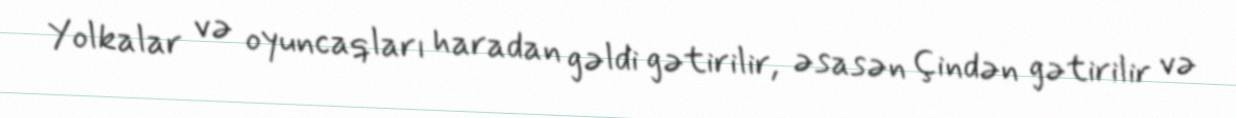
Yolkalar və oyuncaqları haradan gəldi gətirilir, əsasən Çindən gətirilir və